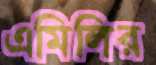
এমিলির